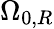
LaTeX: \Omega_{0,R}